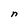
Character: n